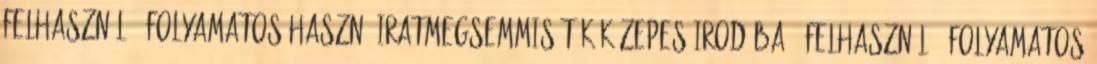
felhasználó; folyamatos haszn. Iratmegsemmisítők közepes irodába 5 felhasználó; folyamatos